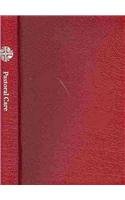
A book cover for Evangelical Lutheran Worship, Pastoral Care: Occasional Services, Readings, and Prayers; Not Available (NA); Christian Books & Bibles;